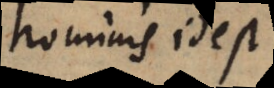
hominis id est